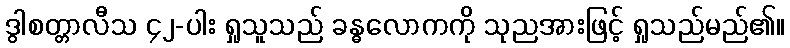
ဒွါစတ္တာလီသ ၄၂-ပါး ရှုသူသည် ခန္ဓလောကကို သုညအားဖြင့် ရှုသည်မည်၏။